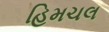
હિમચલ